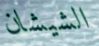
الشيشان